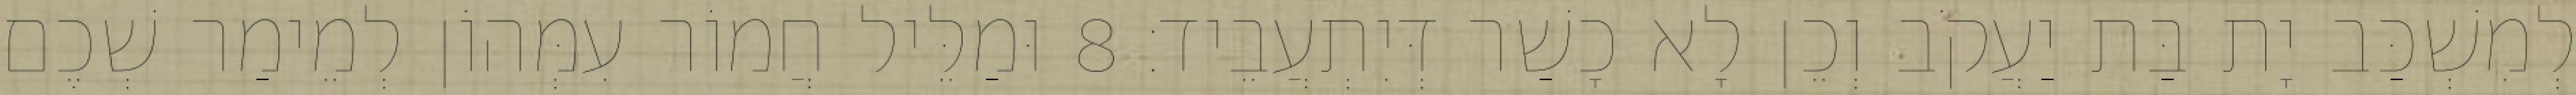
לְמִשְׁכַּב יָת בַּת יַעֲקֹב וְכֵן לָא כָשַׁר דְּיִתְעֲבֵיד׃ 8 וּמַלֵּיל חֲמוֹר עִמְּהוֹן לְמֵימַר שְׁכֶם